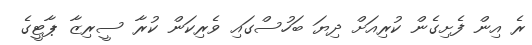
ރެ އިން ފެށިގެން ކުރިއަށް ދިޔަ ބަހުސްގައި ވެރިކަން ކުރާ ސީރިޒާ ޕާޓީގެ